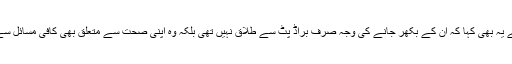
البتہ اداکارہ نے یہ بھی کہا کہ ان کے بکھر جانے کی وجہ صرف براڈ پٹ سے طلاق نہیں تھی بلکہ وہ اپنی صحت سے متعلق بھی کافی مسائل سے دوچار تھیں۔